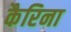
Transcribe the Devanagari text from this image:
कैरिना